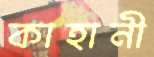
কাহানী